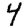
Digit: 4